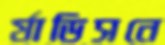
র‍্যাডিসনে